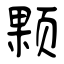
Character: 颗